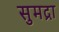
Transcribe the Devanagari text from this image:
सुमद्रा